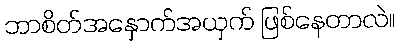
ဘာစိတ်အနှောက်အယှက် ဖြစ်နေတာလဲ။